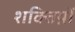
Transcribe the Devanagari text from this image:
शक्तिय़ों